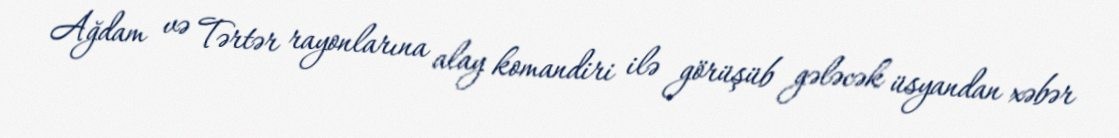
Ağdam və Tərtər rayonlarına alay komandiri ilə görüşüb gələcək üsyandan xəbər